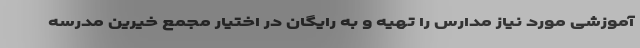
آموزشی مورد نیاز مدارس را تهیه و به رایگان در اختیار مجمع خیرین مدرسه